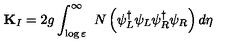
{ \bf K } _ { I } = 2 g \int _ { \log \varepsilon } ^ { \infty } \ N \left( \psi _ { L } ^ { \dagger } \psi _ { L } \psi _ { R } ^ { \dagger } \psi _ { R } \right) d \eta